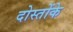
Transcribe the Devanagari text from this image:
दोस्तोंके